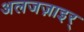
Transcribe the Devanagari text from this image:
अलजज़ाइर्